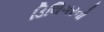
ડિલિગરનો